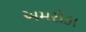
અમરીકા